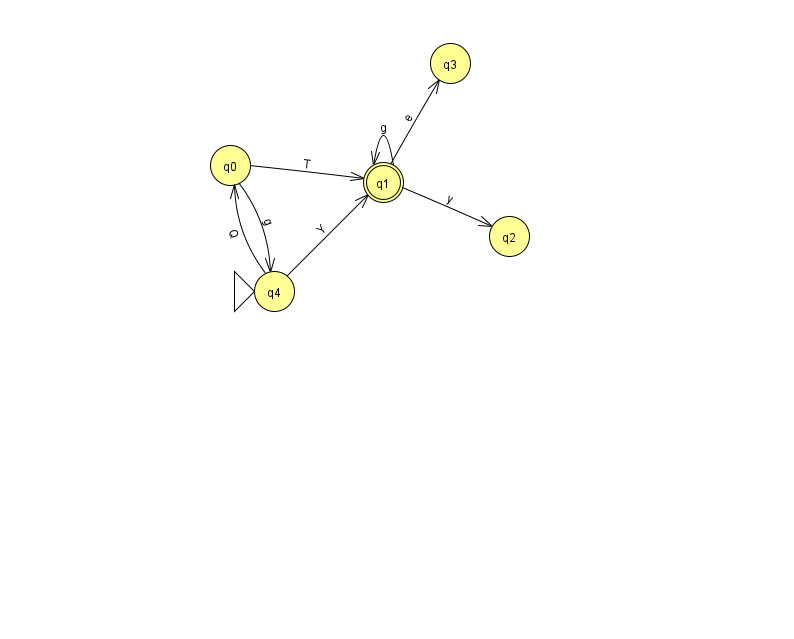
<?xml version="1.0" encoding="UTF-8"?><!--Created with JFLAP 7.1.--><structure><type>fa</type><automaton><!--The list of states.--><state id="0" name="q0"><x>230.0</x><y>152.0</y></state><state id="1" name="q1"><x>383.0</x><y>169.0</y><final/></state><state id="2" name="q2"><x>509.0</x><y>223.0</y></state><state id="3" name="q3"><x>450.0</x><y>50.0</y></state><state id="4" name="q4"><x>274.0</x><y>278.0</y><initial/></state><!--The list of transitions.--><transition><from>1</from><to>2</to><read>y</read></transition><transition><from>0</from><to>1</to><read>T</read></transition><transition><from>4</from><to>1</to><read>Y</read></transition><transition><from>1</from><to>1</to><read>g</read></transition><transition><from>1</from><to>3</to><read>e</read></transition><transition><from>4</from><to>0</to><read>Q</read></transition><transition><from>0</from><to>4</to><read>g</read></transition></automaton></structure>